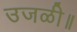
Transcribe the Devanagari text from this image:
उजळी॥